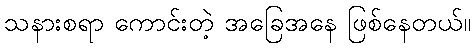
သနားစရာ ကောင်းတဲ့ အခြေအနေ ဖြစ်နေတယ်။